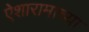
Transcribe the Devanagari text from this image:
ऐशारामाच्या